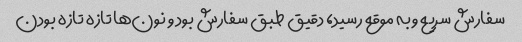
سفارش سریع و به موقع رسید، دقیق طبق سفارش بود و نون‌ها تازه تازه بودن